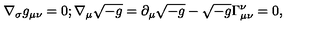
\nabla _ { \sigma } g _ { \mu \nu } = 0 ; \nabla _ { \mu } \sqrt { - g } = \partial _ { \mu } \sqrt { - g } - \sqrt { - g } \Gamma _ { \mu \nu } ^ { \nu } = 0 ,